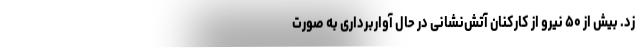
زد. بیش از ۵۰ نیرو از کارکنانِ آتش‌نشانی در حال آواربرداری به صورت